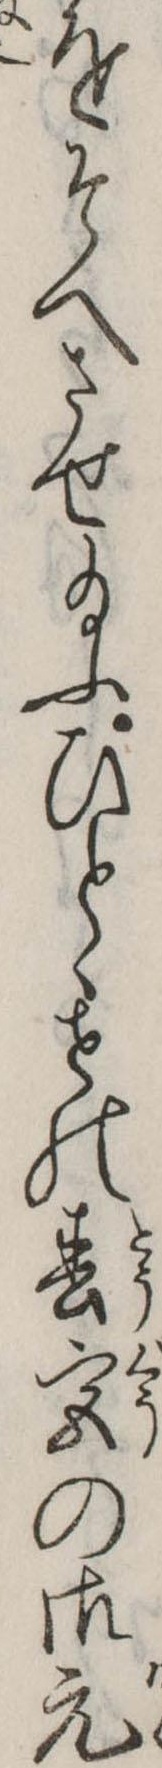
をそへさせ給ふひとゝせの春宮の御元